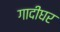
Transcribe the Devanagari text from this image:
गादीघर